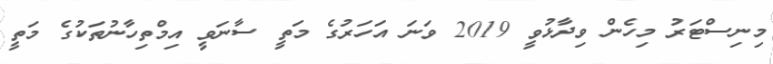
މިނިސްޓަރު މިހެން ވިދާޅުވީ 2019 ވަނަ އަހަރުގެ މަތީ ސާނަވީ އިމްތިހާނުތަކުގެ މަތީ